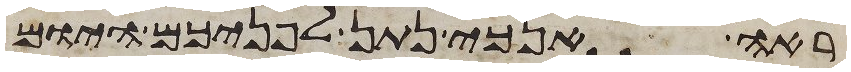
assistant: ראה אנכי נתן לפניכם היום